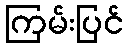
ကြမ်းပြင်